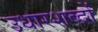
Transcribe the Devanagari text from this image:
उधारशब्दों